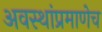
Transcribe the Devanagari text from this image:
अवस्थांप्रमाणेच